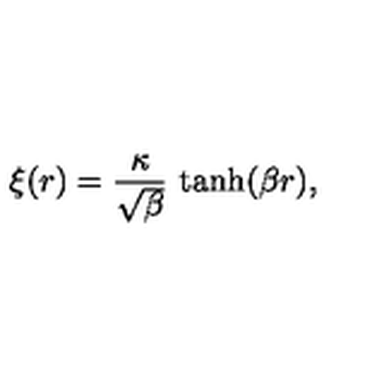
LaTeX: \xi ( r ) = \frac { \kappa } { \sqrt { \beta } } \ \mathrm { t a n h } ( \beta r ) ,